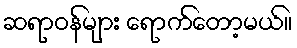
ဆရာဝန်များ ရောက်တော့မယ်။